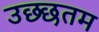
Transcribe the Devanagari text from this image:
उछ्छतम